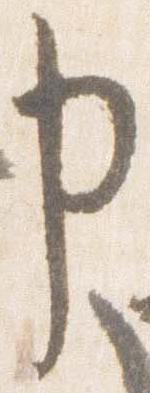
申